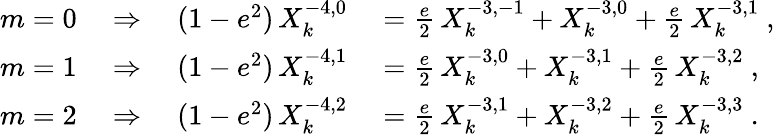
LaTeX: \begin{array}{rl}{m=0\quad\Rightarrow\quad(1-e^{2})\, X_{k}^{-4,0}}&{{}=\frac{e}{2}\, X_{k}^{-3,-1}+X_{k}^{-3,0}+\frac{e}{2}\, X_{k}^{-3,1}\ ,}\\ {m=1\quad\Rightarrow\quad(1-e^{2})\, X_{k}^{-4,1}}&{{}=\frac{e}{2}\, X_{k}^{-3,0}+X_{k}^{-3,1}+\frac{e}{2}\, X_{k}^{-3,2}\ ,}\\ {m=2\quad\Rightarrow\quad(1-e^{2})\, X_{k}^{-4,2}}&{{}=\frac{e}{2}\, X_{k}^{-3,1}+X_{k}^{-3,2}+\frac{e}{2}\, X_{k}^{-3,3}\ .}\end{array}